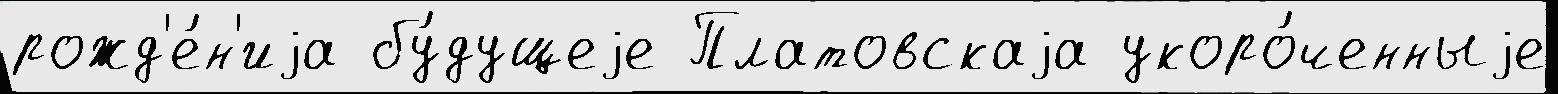
рожд'е́н'иjа бу́дущеjе Платовскаjа укоро́ченныjе